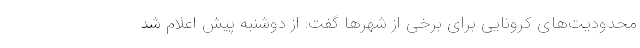
محدودیت‌های کرونایی برای برخی از شهرها گفت: از دوشنبه پیش اعلام شد